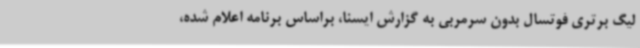
لیگ برتری فوتسال بدون سرمربی به گزارش ایسنا، براساس برنامه اعلام شده،